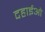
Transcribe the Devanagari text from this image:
दहाईओं